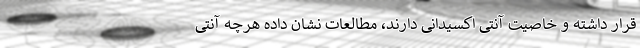
قرار داشته و خاصیت آنتی اکسیدانی دارند، مطالعات نشان داده هرچه آنتی